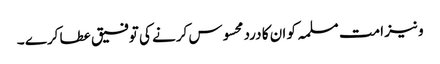
و نیز امت مسلمہ کو ان کا درد محسوس کرنے کی توفیق عطا کرے ۔